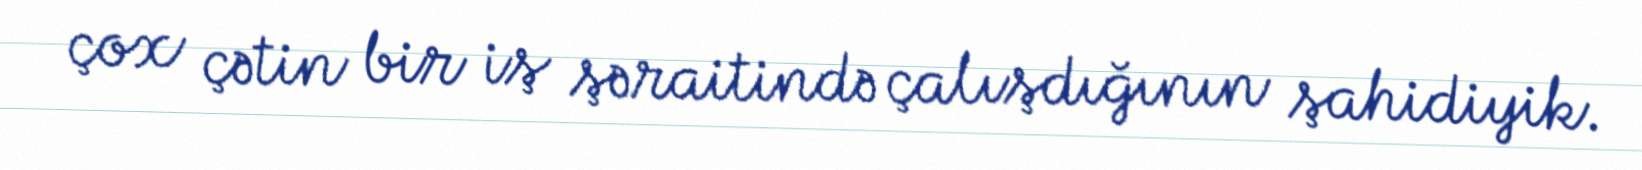
çox çətin bir iş şəraitində çalışdığının şahidiyik.